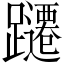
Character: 躚